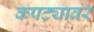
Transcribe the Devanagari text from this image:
कपट्यावर